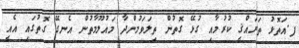
ފ.އަތޮޅު ތަރައްޤީ ކުރުމާއި ގުޅޭ ގޮތުން ތިލަވަމުންދާ މައުލޫމާތުން އެނގޭ ގޮތުގައި އެއީ